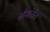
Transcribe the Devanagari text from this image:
श्रीमंतीत